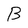
Character: B